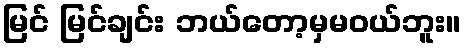
မြင် မြင်ချင်း ဘယ်တော့မှမဝယ်ဘူး။